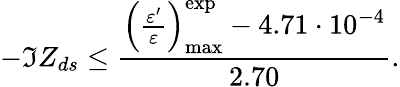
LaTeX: -\Im Z_{ds}\le\frac{\left(\frac{\varepsilon^{\prime}}{\varepsilon}\right)_{\mathrm{max}}^{\mathrm{exp}}-4.71\cdot 10^{-4}}{2.70}.